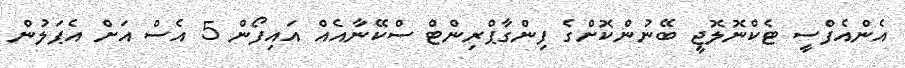
އެންއެފްސީ ޓެކްނޮލޮޖީ ބޭނުންކޮށްގެ ފިންގާޕްރިންޓް ސްކޭނާއެއް އައިފޯން 5 އެސް އަށް އެޕަލުން